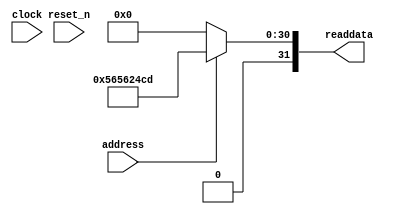
module Computer_System_SysID (
               // inputs:
                address,
                clock,
                reset_n,

               // outputs:
                readdata
             )
;

  output  [ 31: 0] readdata;
  input            address;
  input            clock;
  input            reset_n;

  wire    [ 31: 0] readdata;
  //control_slave, which is an e_avalon_slave
  assign readdata = address ? 1448486093 : 0;

endmodule